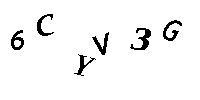
6CYV3G